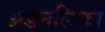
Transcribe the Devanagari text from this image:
अंडनलिका